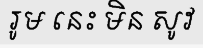
រូម នេះ មិន សូវ